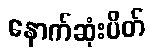
နောက်ဆုံးပိတ်